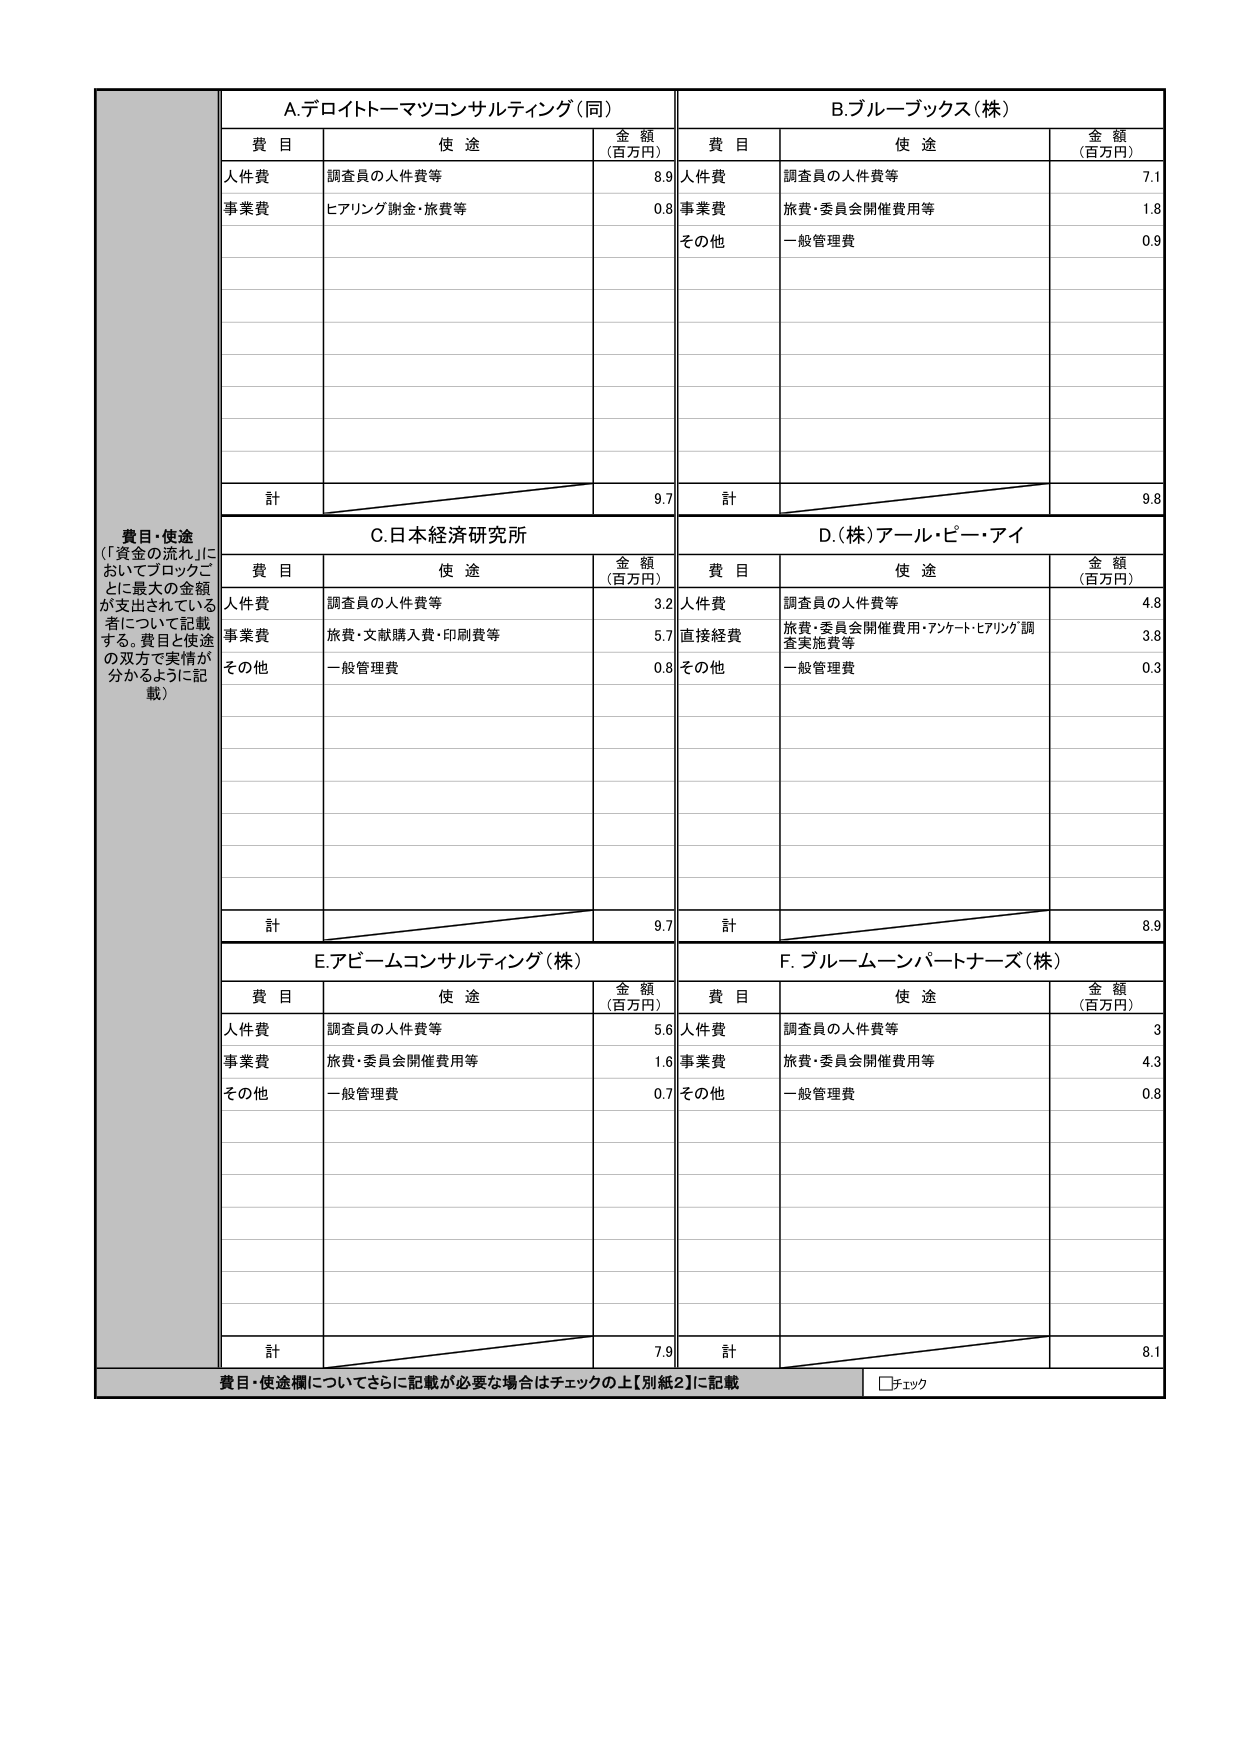
費目・使途
（「資金の流れ」においてブロックごとに最大の金額が支出されている者について記載する。費目と使途の双方で実情が分かるように記載）

A.デロイトトーマツコンサルティング（同）
費目 使途 金額（百万円）
人件費 調査員の人件費等 8.9
事業費 ヒアリング謝金・旅費等 0.8
計 9.7

B.ブルーブックス（株）
費目 使途 金額（百万円）
人件費 調査員の人件費等 7.1
事業費 旅費・委員会開催費用等 1.8
その他 一般管理費 0.9
計 9.8

C.日本経済研究所
費目 使途 金額（百万円）
人件費 調査員の人件費等 3.2
事業費 旅費・文献購入費・印刷費等 5.7
その他 一般管理費 0.8
計 9.7

D.（株）アール・ピー・アイ
費目 使途 金額（百万円）
人件費 調査員の人件費等 4.8
直接経費 旅費・委員会開催費用・アンケート・ヒアリング調査実施費等 3.8
その他 一般管理費 0.3
計 8.9

E.アビームコンサルティング（株）
費目 使途 金額（百万円）
人件費 調査員の人件費等 5.6
事業費 旅費・委員会開催費用等 1.6
その他 一般管理費 0.7
計 7.9

F.ブルームーンパートナーズ（株）
費目 使途 金額（百万円）
人件費 調査員の人件費等 3
事業費 旅費・委員会開催費用等 4.3
その他 一般管理費 0.8
計 8.1

費目・使途欄についてさらに記載が必要な場合はチェックの上【別紙2】に記載
□チェック